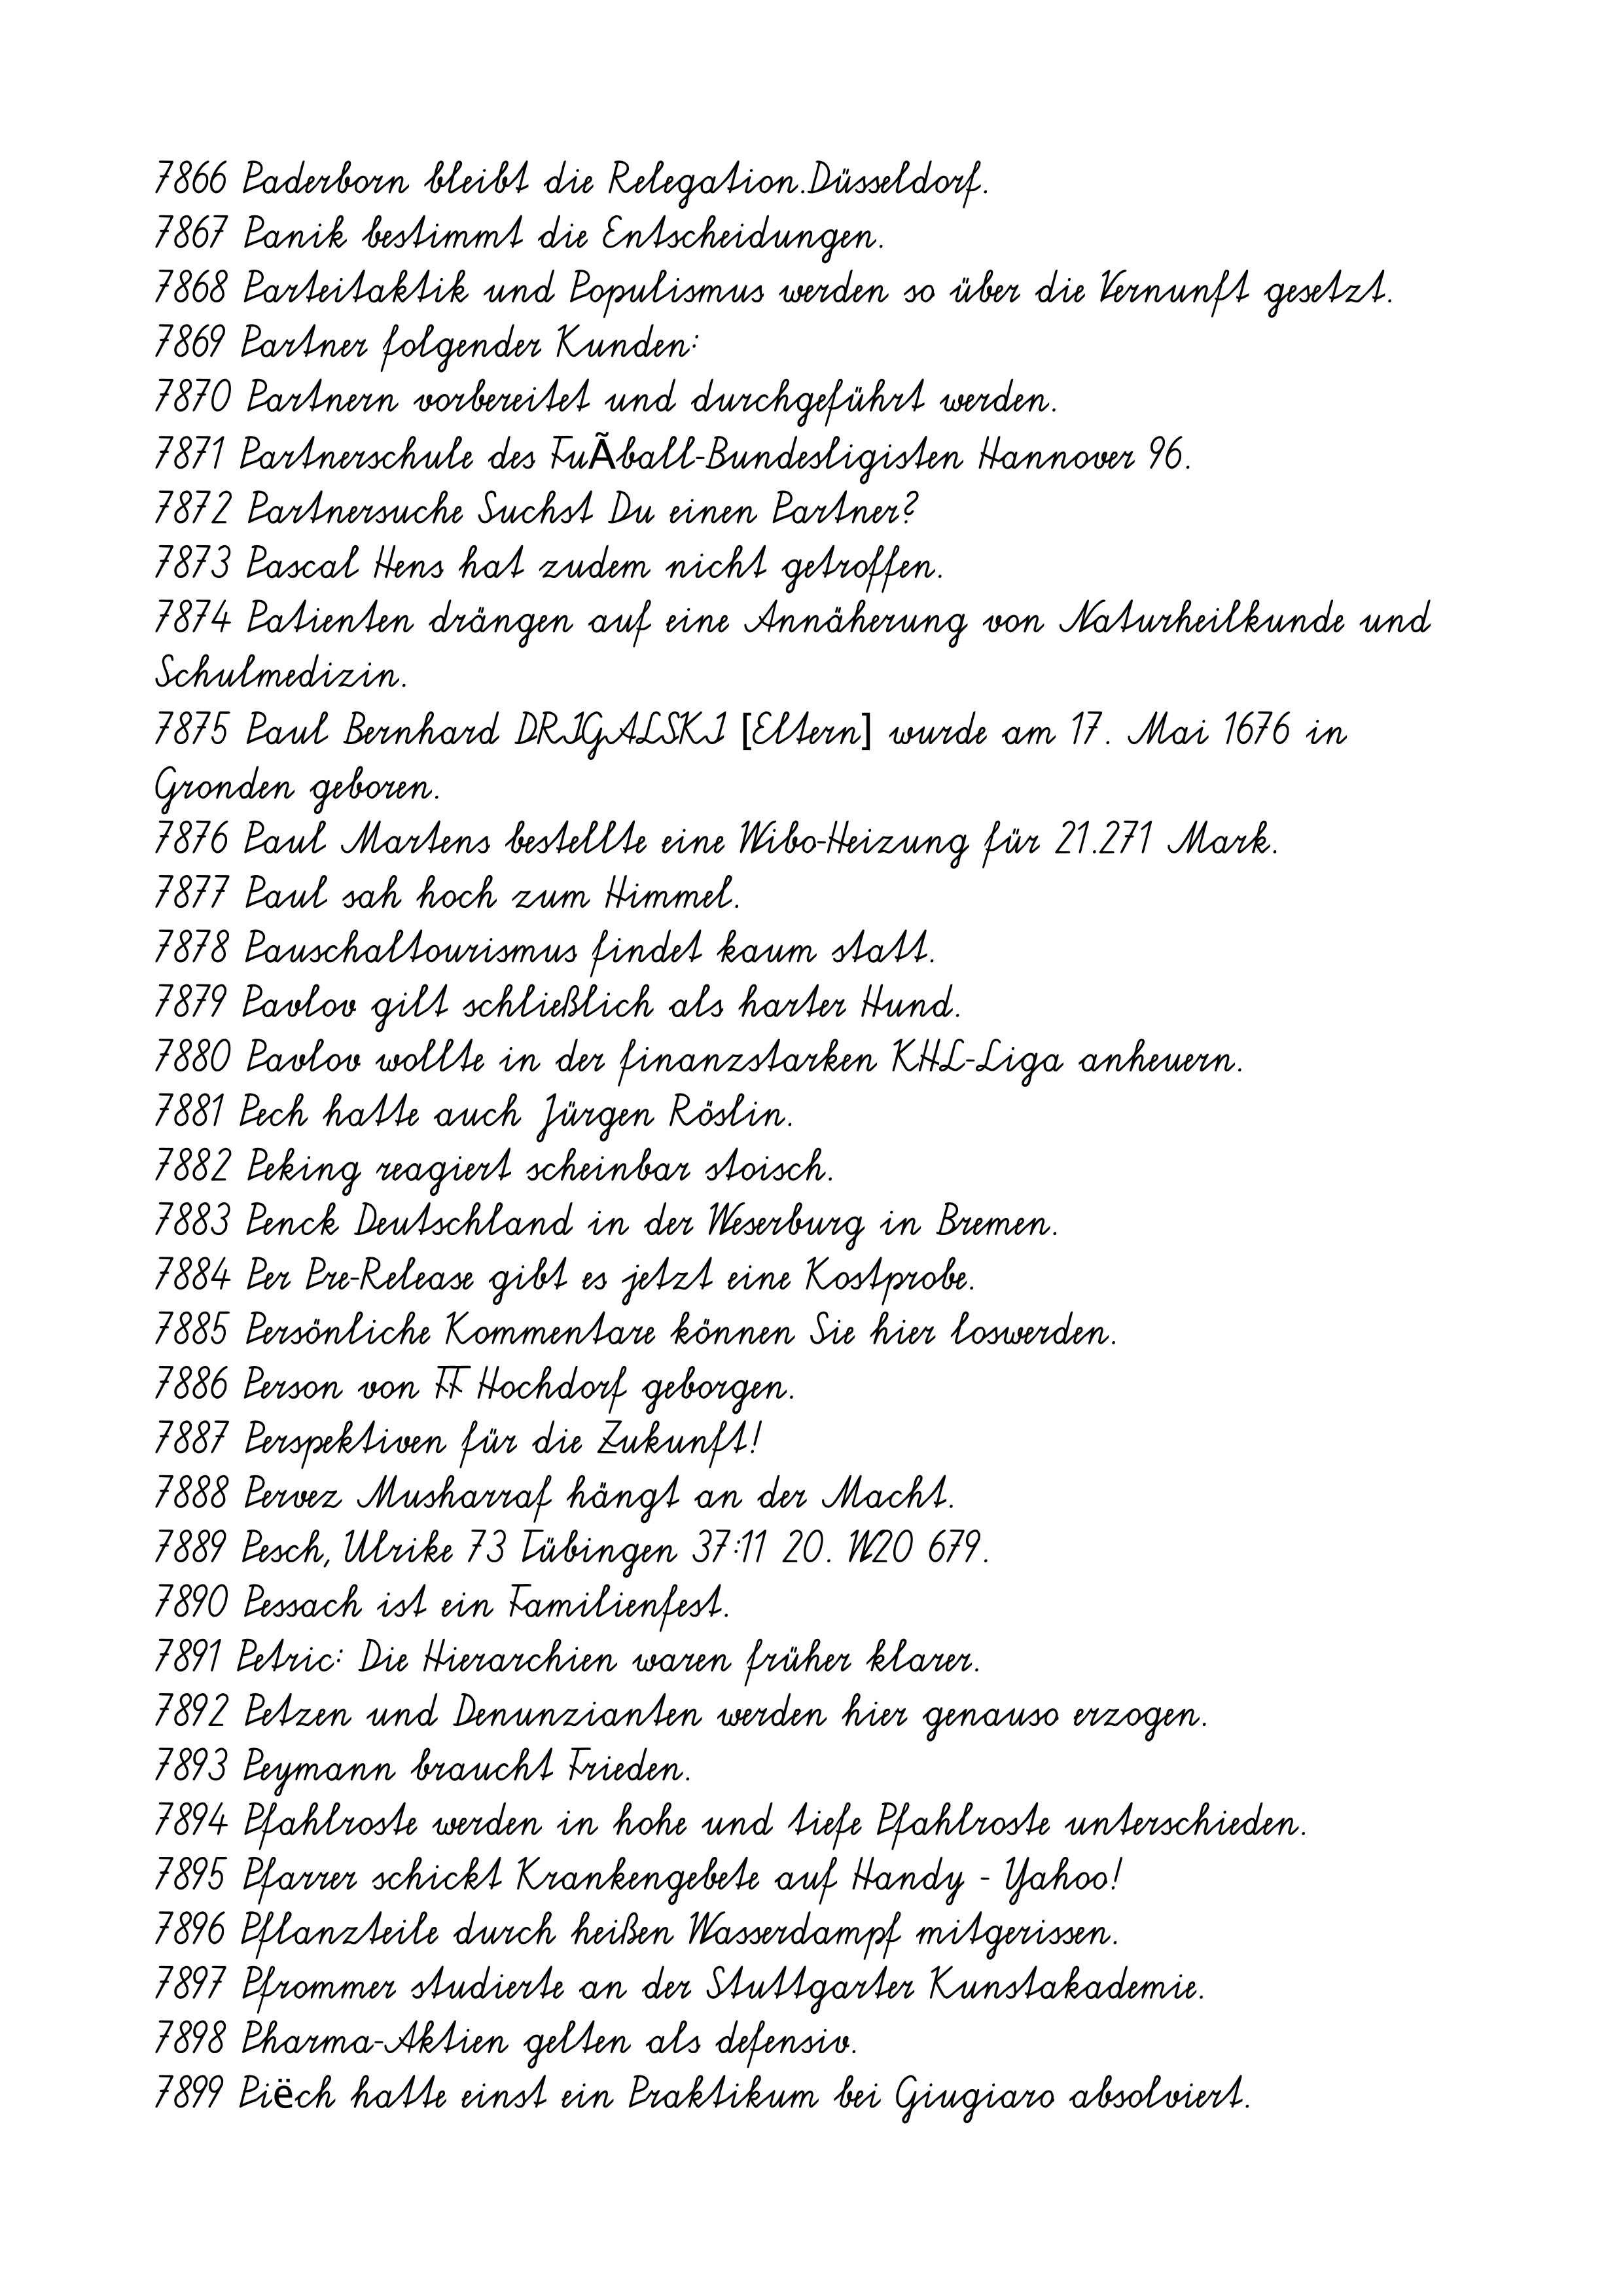
7866 Paderborn bleibt die Relegation.Düsseldorf.
7867 Panik bestimmt die Entscheidungen.
7868 Parteitaktik und Populismus werden so über die Vernunft gesetzt.
7869 Partner folgender Kunden:
7870 Partnern vorbereitet und durchgeführt werden.
7871 Partnerschule des FuÃball-Bundesligisten Hannover 96.
7872 Partnersuche Suchst Du einen Partner?
7873 Pascal Hens hat zudem nicht getroffen.
7874 Patienten drängen auf eine Annäherung von Naturheilkunde und
Schulmedizin.
7875 Paul Bernhard DRIGALSKI [Eltern] wurde am 17. Mai 1676 in
Gronden geboren.
7876 Paul Martens bestellte eine Wibo-Heizung für 21.271 Mark.
7877 Paul sah hoch zum Himmel.
7878 Pauschaltourismus findet kaum statt.
7879 Pavlov gilt schließlich als harter Hund.
7880 Pavlov wollte in der finanzstarken KHL-Liga anheuern.
7881 Pech hatte auch Jürgen Röslin.
7882 Peking reagiert scheinbar stoisch.
7883 Penck Deutschland in der Weserburg in Bremen.
7884 Per Pre-Release gibt es jetzt eine Kostprobe.
7885 Persönliche Kommentare können Sie hier loswerden.
7886 Person von FF Hochdorf geborgen.
7887 Perspektiven für die Zukunft!
7888 Pervez Musharraf hängt an der Macht.
7889 Pesch, Ulrike 73 Tübingen 37:11 20. W20 679.
7890 Pessach ist ein Familienfest.
7891 Petric: Die Hierarchien waren früher klarer.
7892 Petzen und Denunzianten werden hier genauso erzogen.
7893 Peymann braucht Frieden.
7894 Pfahlroste werden in hohe und tiefe Pfahlroste unterschieden.
7895 Pfarrer schickt Krankengebete auf Handy - Yahoo!
7896 Pflanzteile durch heißen Wasserdampf mitgerissen.
7897 Pfrommer studierte an der Stuttgarter Kunstakademie.
7898 Pharma-Aktien gelten als defensiv.
7899 Piëch hatte einst ein Praktikum bei Giugiaro absolviert.